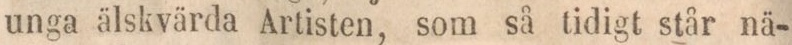
unga älskvärda Artisten, som så tidigt står nä-